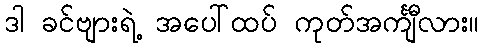
ဒါ ခင်ဗျားရဲ့ အပေါ်ထပ် ကုတ်အင်္ကျီလား။